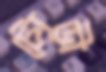
টোড়ী